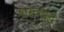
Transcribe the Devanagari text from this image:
शस्त्रयुद्ध